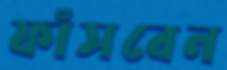
ফাঁসবেন